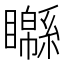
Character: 𥌣